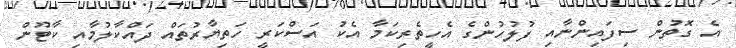
އެ ގޮތުން ސިފައިންނާއި ފުލުހުންގެ އެހީތެރިކަމާ އެކު އަސްކަރީ ހަތިޔާރުތައް ދައްކާލުމާއި ކާޓޫން